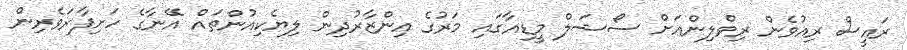
ރައީސް ރިއުވެން ރިވްލިންއަށް ސޯޝަލް މީޑިއާގައި މަރުގެ އިންޒާރުދިން ލިޔެކިއުންތައް އޭނާގެ ހަށިފާރަވެރިން